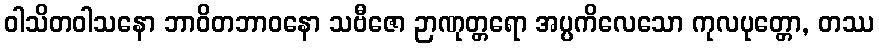
ဝါသိတဝါသနော ဘာဝိတဘာဝနော သဗီဇော ဉာဏုတ္တရော အပ္ပကိလေသော ကုလပုတ္တော, တဿ